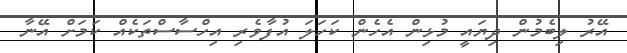
އޭރު ލިބެމުން ދިޔައީ މުޅިން އެހެން ކަހަލަ އުފާވެރި އިހްސާސްތަކެއް ކަމަށް އޭނާ